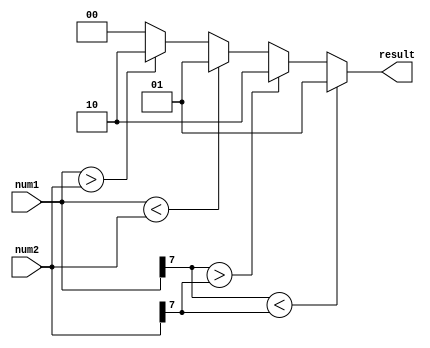
module signed_mag_comparator (
    input signed [7:0] num1,
    input signed [7:0] num2,
    output reg [1:0] result
);

always @(*) begin
    if (num1[7] < num2[7]) begin
        result = 2'b01; // num1 < num2
    end else if (num1[7] > num2[7]) begin
        result = 2'b10; // num1 > num2
    end else begin
        if (num1 < num2) begin
            result = 2'b01; // num1 < num2
        end else if (num1 > num2) begin
            result = 2'b10; // num1 > num2
        end else begin
            result = 2'b00; // num1 = num2
        end
    end
end

endmodule